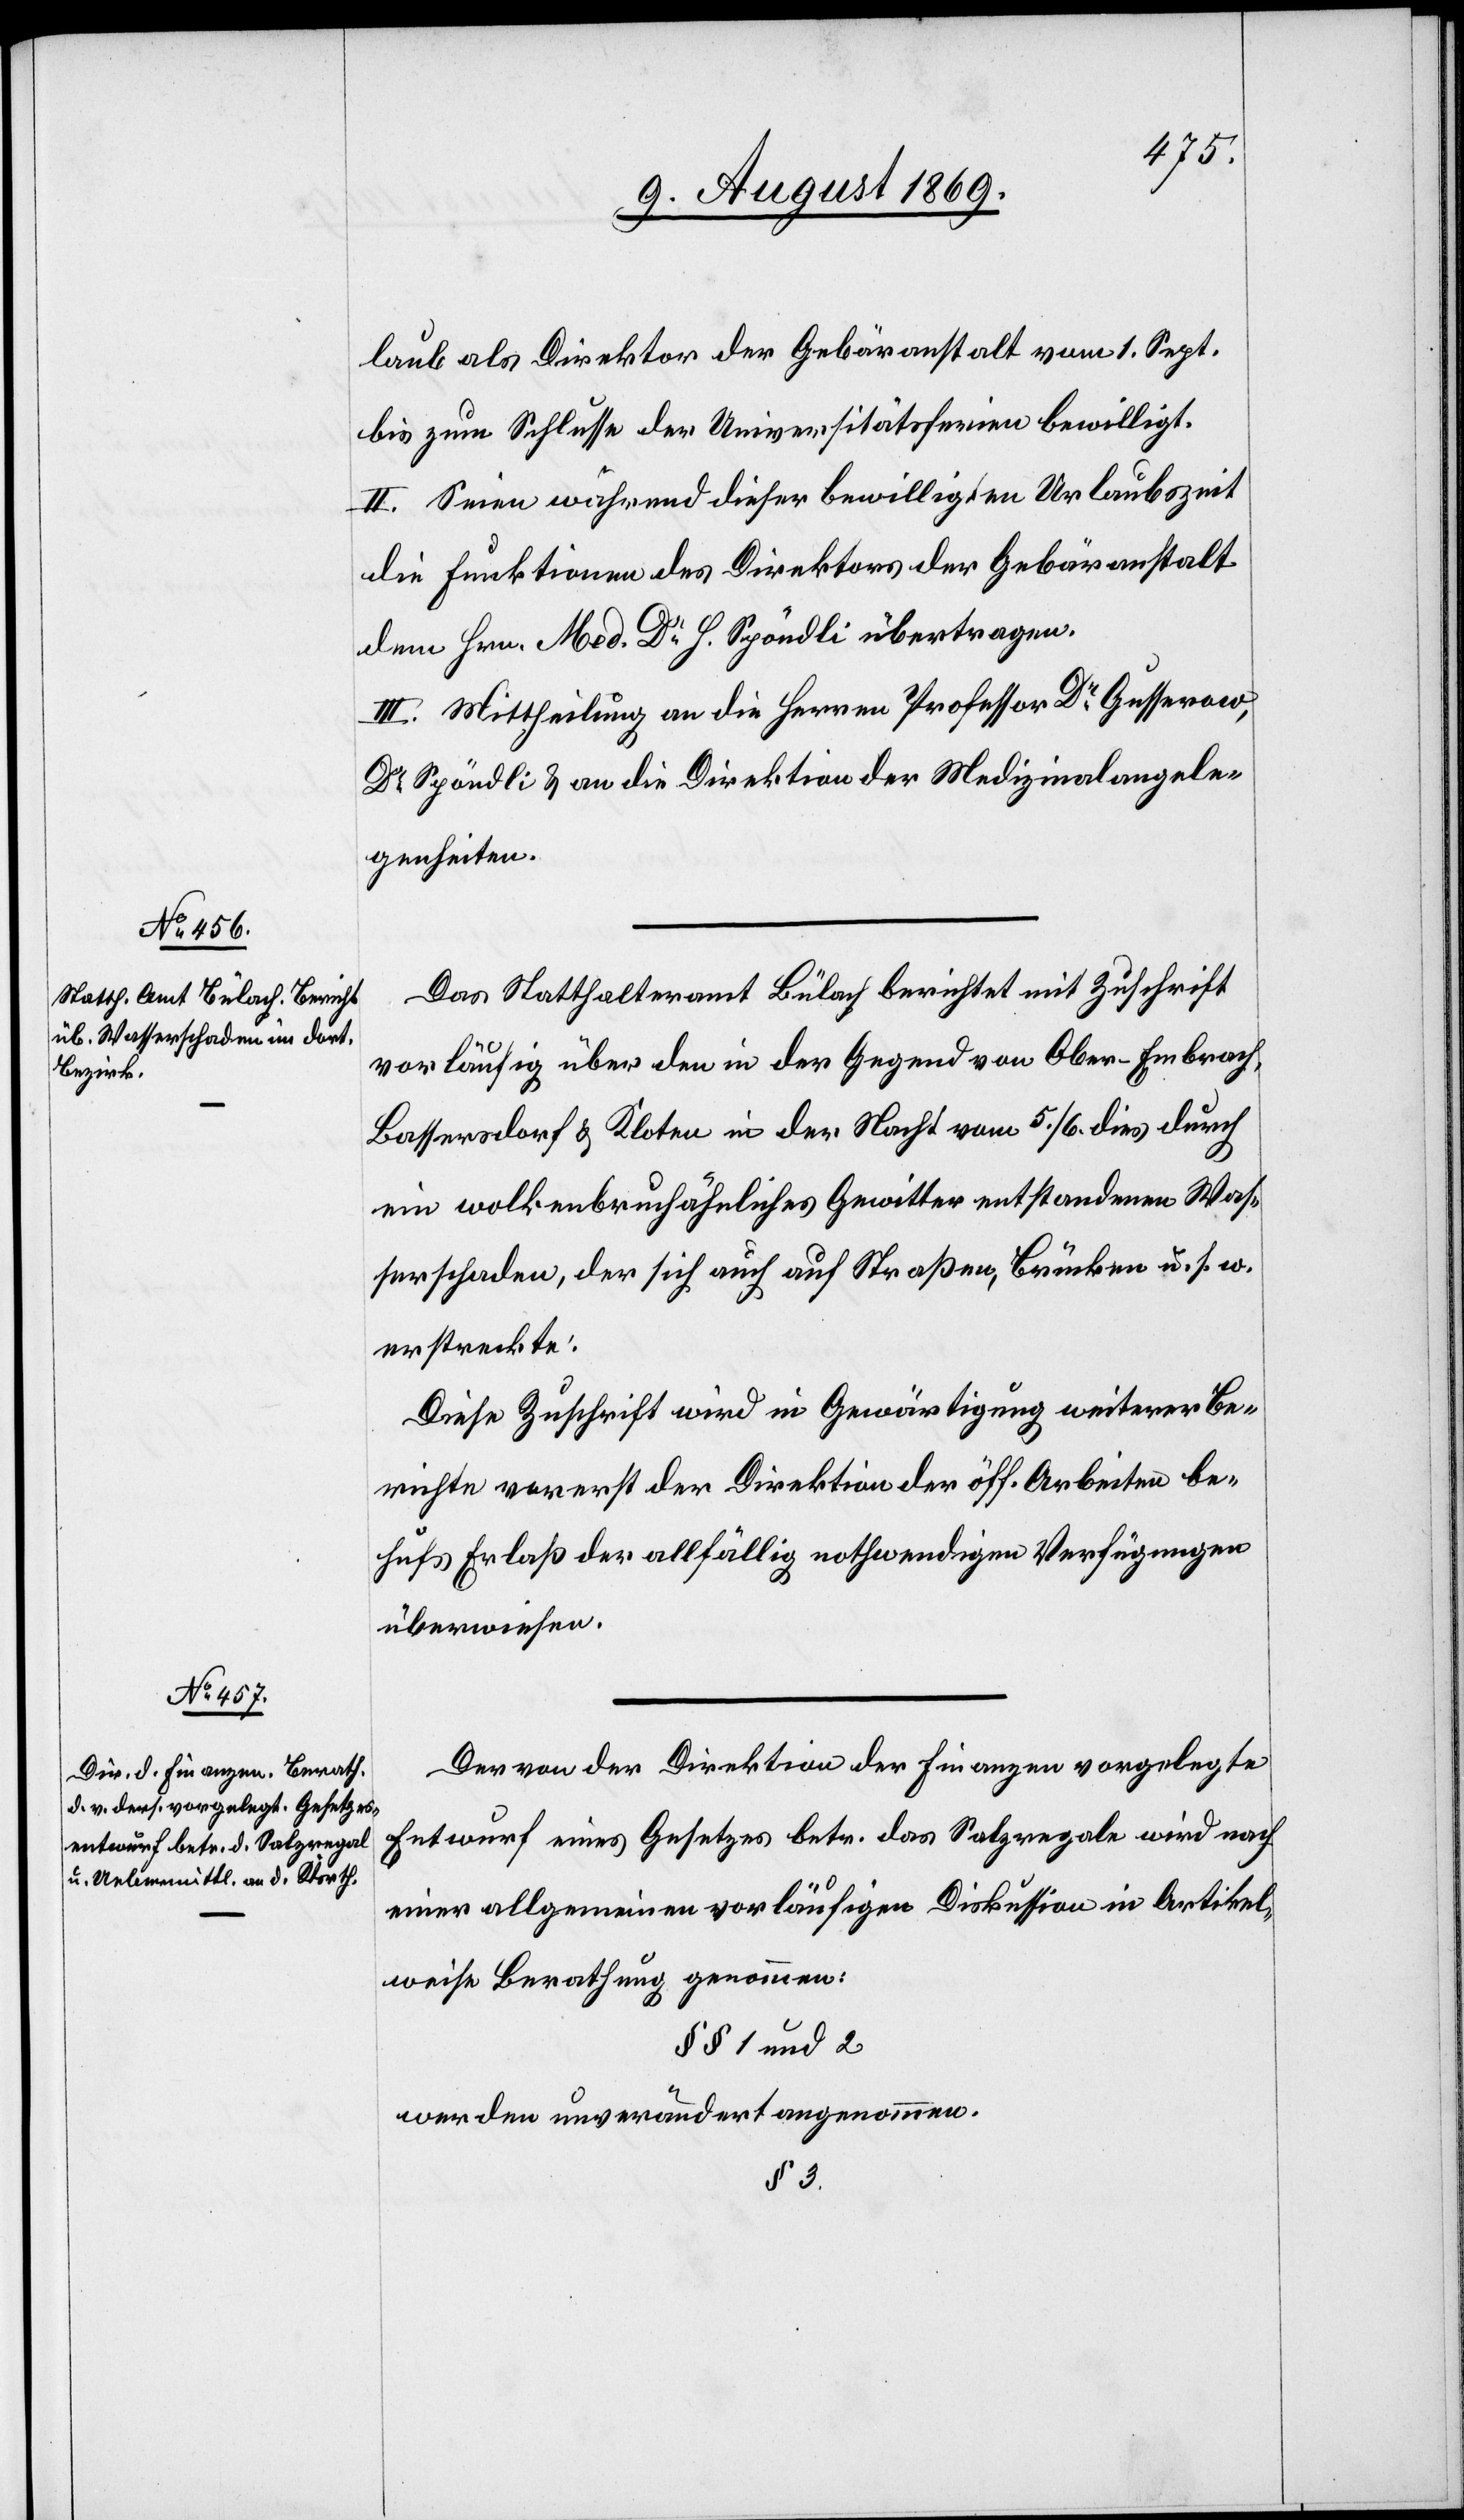
laub als Direktor der Gebäranstalt vom 1 Sept.
bis zum Schlusse der Universitätsferien bewilligt.
II. Seien während dieser bewilligten Urlaubszeit
die Funktionen des Direktors der Gebäranstalt
dem Hrn Med. Dr H. Spöndli übertragen.
III. Mittheilung an die Herren Professor Dr Gusserow,
Dr Spöndli & an die Direktion der Medizinalangele¬
genheiten.
Das Statthalteramt Bülach berichtet mit Zuschrift
vorläufig über den in der Gegend von Ober-Embrach,
Bassersdorf & Kloten in der Nacht vom 5/6 dies durch
ein wolkenbruchähnliches Gewitter entstandenen Was¬
serschaden, der sich auch auf Straßen, Brücken u. s. w.
erstreckte.
Diese Zuschrift wird in Gewärtigung weiterer Be¬
richte vorerst der Direktion der öff. Arbeiten be¬
hufs Erlaß der allfällig nothwendigen Verfügungen
überwiesen.
Der von der Direktion der Finanzen vorgelegte
Entwurf eines Gesetzes betr. das Salzregale wird nach
einer allgemeinen vorläufigen Diskussion in Artikel¬
weise Berathung genommen:
§§ 1 und 2.
werden unverändert angenommen.
§ 3.